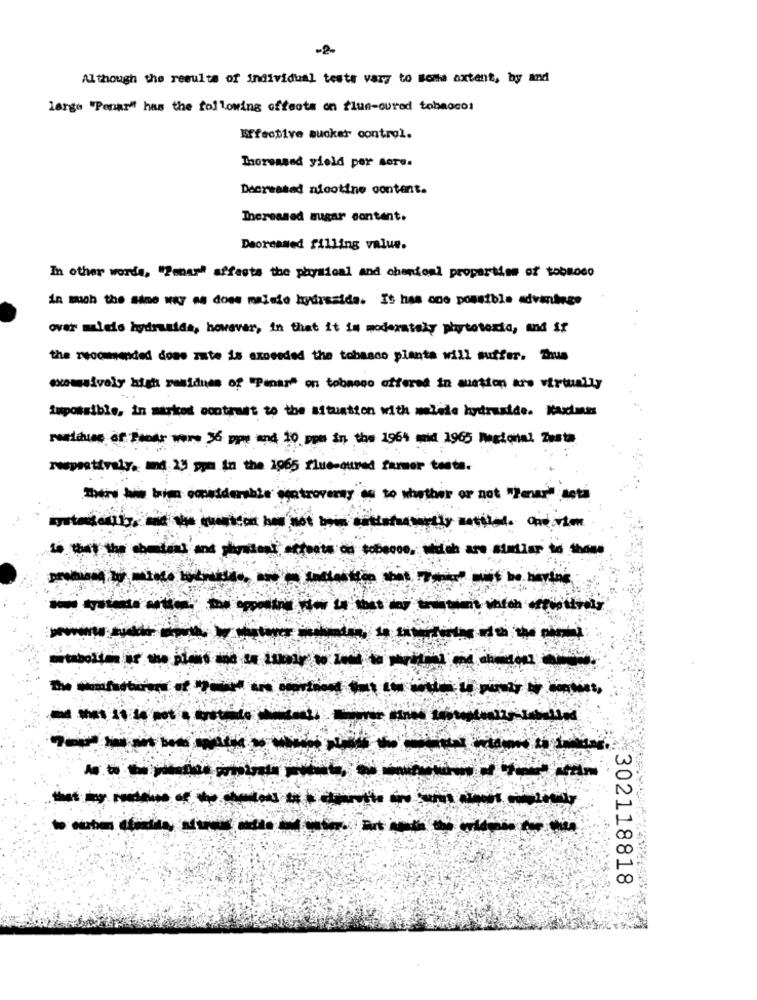
-2.
Although the results of individual tests vary to some axtent, by and
large "Penar" has the following offects on flue-oured tobaocos
Effective sucker control.
Increased yield per more.
Decreased nicotine content.
Increased sugar content.
Decreased filling value.
In other words, "Poner" affects the physical and cherionl propartise of tobBoco
in much the sine wy se does malsie hydrssida. It has one possible advinhege
over males hydraaids, however, in that it in moderately phytotexto, and if
the recommended dome zate is axneeded the tobasco planta will suffer. Thus
wwwsively high residues of "Panare on tobmono offered in auction are virtually
impossible, in marked contrast to the situation with malede hydrazide. Maxime
sustitues of Tendr wore 36 ppp and 10 ppm in the 1964 mid 1965 Regional Zusta
respectively. md: 23 ppa In the 1965 flue-oured farmer testa.
There bi bim considerable egatroversy as to whether or not "Penar" seta
-------------
302118818